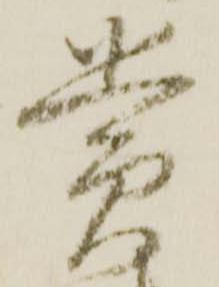
賞